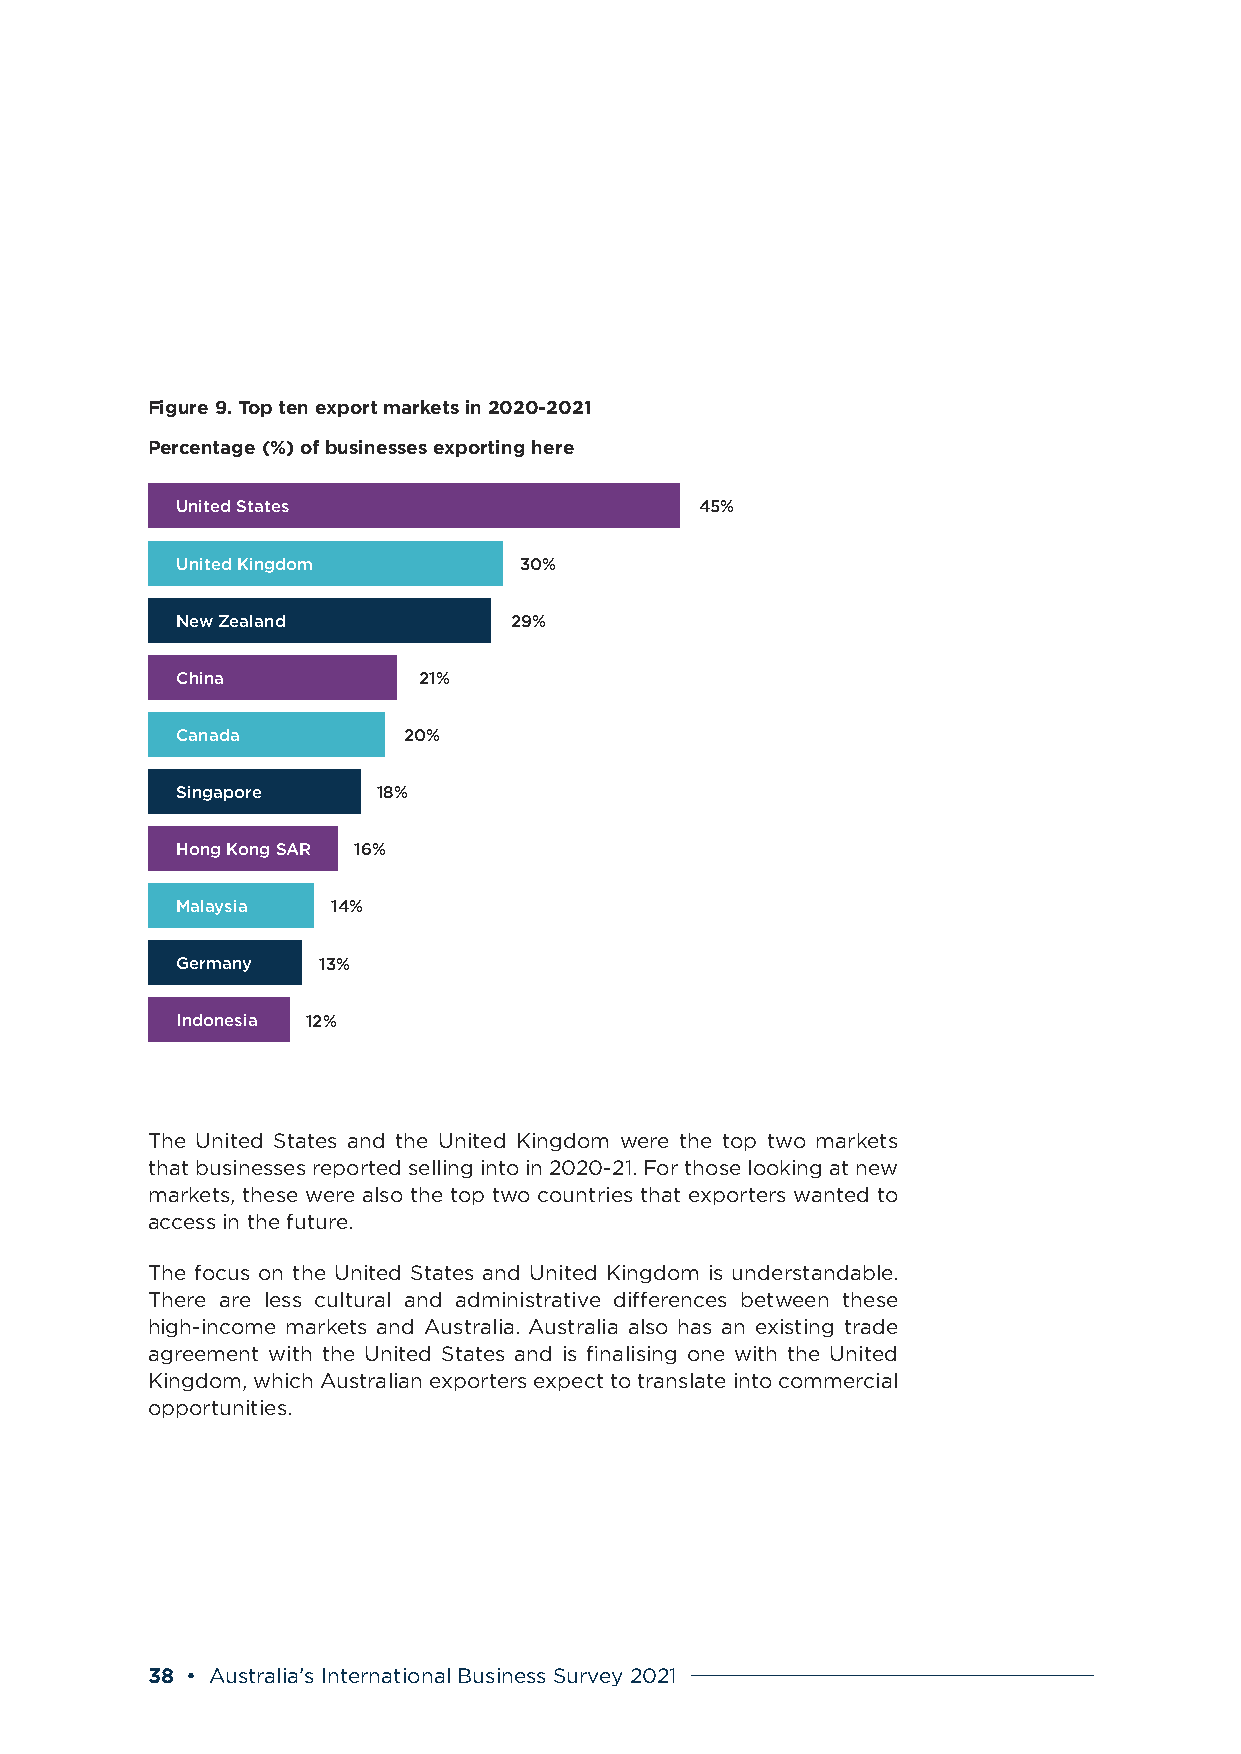
Figure 9. Top ten export markets in 2020-2021
 Percentage (%) of businesses exporting here
 United States                     45%
 United Kingdom        30%
 New Zealand           29%
 China           21%
 Canada         20%
 Singapore    18%
 Hong Kong SAR 16%
 Malaysia  14%
 Germany  13%
 Indonesia 12%
 The United States and the United Kingdom were the top two markets
 that businesses reported selling into in 2020-21. For those looking at new
 markets, these were also the top two countries that exporters wanted to
 access in the future.
 The focus on the United States and United Kingdom is understandable.
 There are less cultural and administrative differences between these
 high-income markets and Australia. Australia also has an existing trade
 agreement with the United States and is finalising one with the United
 Kingdom, which Australian exporters expect to translate into commercial
 opportunities.
 38 • Australia’s International Business Survey 2021